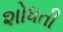
શોધતી